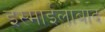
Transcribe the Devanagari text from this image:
इस्माईलाबाद